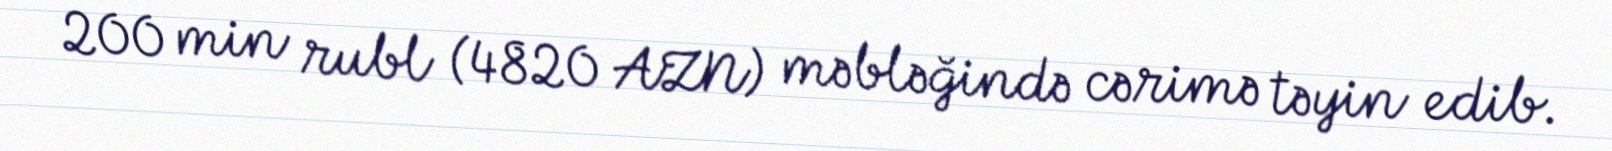
200 min rubl (4820 AZN) məbləğində cərimə təyin edib.